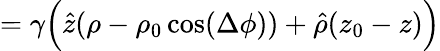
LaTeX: =\gamma\Big(\hat{z}(\rho-\rho_{0}\cos(\Delta\phi))+\hat{\rho}(z_{0}-z)\Big)